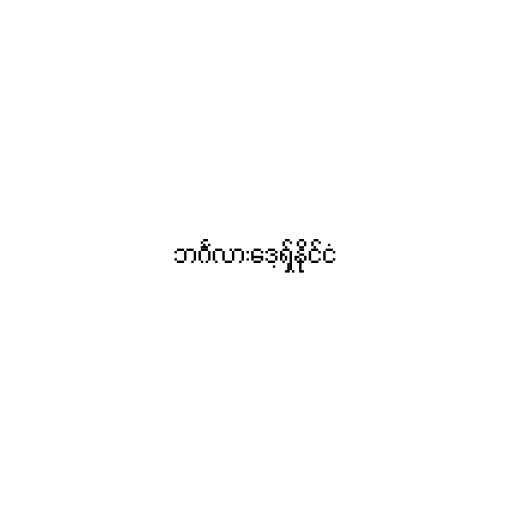
ဘင်္ဂလားဒေ့ရှ်နိုင်ငံ